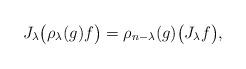
LaTeX: \begin{gather*}J_{\lambda}\big(\rho_\lambda(g) f \big) = \rho_{n-\lambda}(g)\big( J_\lambda f \big),\end{gather*}